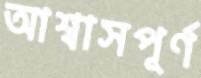
আশ্বাসপূর্ণ